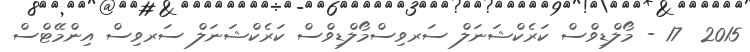
2015  17 - މޯލްޑިވްސް ކަރެކްޝަނަލް ސަރވިސްމޯލްޑިވްސް ކަރެކްޝަނަލް ސަރވިސް އިންމޭޓްސް